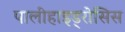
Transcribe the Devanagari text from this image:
पालीहाइड्रोसिस